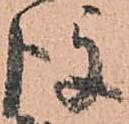
後